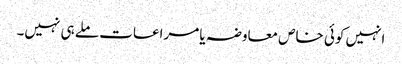
انہیں کوئی خاص معاوضہ یا مراعات ملے ہی نہیں۔